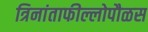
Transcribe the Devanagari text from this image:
त्रिनांताफील्लोपौळस